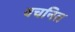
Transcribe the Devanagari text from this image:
वचनित